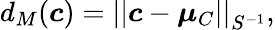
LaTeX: d_{M}(\boldsymbol{c})=\left|\left|\boldsymbol{c}-\boldsymbol{\mu}_{C}\right|\right|_{S^{-1}},